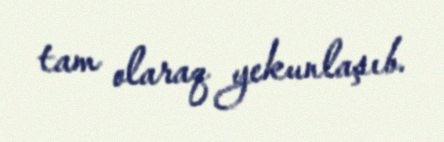
tam olaraq yekunlaşıb.